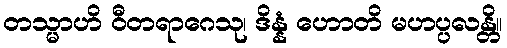
တသ္မာဟိ ဝီတရာဂေသု၊ ဒိန္နံ ဟောတိ မဟပ္ပလန္တိ။